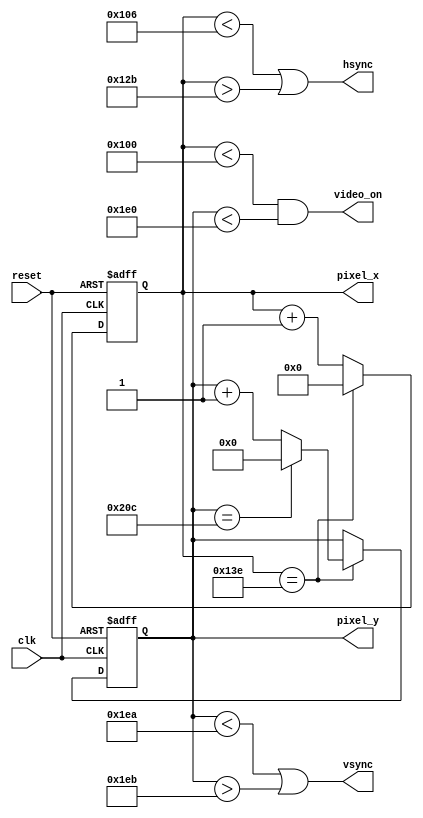
`timescale 1ns / 1ps
//////////////////////////////////////////////////////////////////////////////////
// Company: 
// Engineer: 
// 
// Design Name: 
// Module Name: vga_sync



module vgaController (
        input clk ,  // 10.07 MHz 
        input reset ,
        output  hsync , vsync ,
        output video_on ,          // signal for tracking visible area of screen 
        output reg [8:0] pixel_x ,
		  output reg [9:0] pixel_y   // counters for tracking pixel position 
		//  output [2:0] RGB 
    );
    
    // constants decleration 
    // VGA 256 * 480 @ 60 HZ sync parameters 
	 // we will divide all pixels by 2.5 
	 
    parameter hVisible_area  = 256 ;   // horizontal display (visible area) 
    parameter hFront_porch  = 6 ;      // (right border)
    parameter hSync  = 38 ;             // horizonatal sync signal (low)
    parameter hBack_porch = 19 ;       // (left border)
    parameter h_max = hVisible_area + hFront_porch + hBack_porch + hSync -1 ;  
    
    parameter vVisible_area = 480;     // vertical display (visible area)
    parameter vFront_porch = 10;       // (bottom border)
    parameter vSync = 2;               // vertical sync (low)
    parameter vBack_porch = 33;        // (top border)
    parameter v_max = vVisible_area + vFront_porch + vBack_porch + vSync -1 ; 


    wire h_end ;     // detect the end of line 
    wire v_end ;     // detect the end of whole screen 
    
 
  always @(posedge clk or negedge reset)   
    begin 
    
            if(!reset) 
              begin
                 pixel_x <= 0 ;
                // hsync = 0 ;
              end
                    
            else  
              begin 
                 if(h_end)
                    pixel_x <= 0;
                    
                 else 
                    pixel_x <= pixel_x + 1;        
              end
    end
    
  always @(posedge clk or negedge reset) 
    begin 
       
            if(!reset) 
              begin
                 pixel_y <= 0 ;
                // vsync = 0 ;
              end
                    
            else  
              begin 
                 if(h_end)
                  begin 
                     if(v_end) 
                           pixel_y <= 0 ; 
                           
                     else 
                            pixel_y <= pixel_y + 1 ; 
                  end                
              end
    end
    
    assign h_end = (pixel_x == h_max) ;  // end of line 
    assign v_end = (pixel_y == v_max) ;  // end of whole screen 
    
    // horizonatl sync signal 
   assign hsync = ((pixel_x < hVisible_area + hFront_porch) ||
                                     (pixel_x > hVisible_area + hFront_porch + hSync -1));
                                     
    // vertical sync signal                              
   assign vsync = ((pixel_y < vVisible_area + vFront_porch) ||
                                     (pixel_y > vVisible_area + vFront_porch + vSync -1 ));
    
    // ON when within visible area of screen 
    assign video_on = ( (pixel_x < hVisible_area) && (pixel_y < vVisible_area) );
	 
	// assign RGB = ( video_on ? 3'b111 : 3'b000);

endmodule